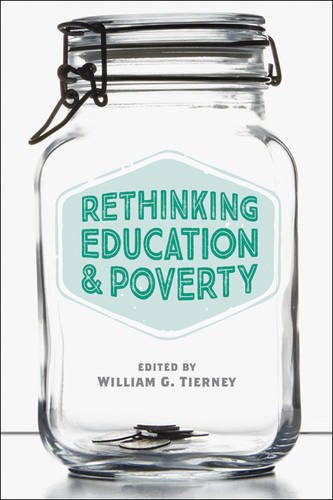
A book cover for Rethinking Education and Poverty; Politics & Social Sciences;